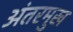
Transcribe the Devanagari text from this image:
अंतरमुख